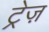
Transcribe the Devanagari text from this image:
ट्रेज़